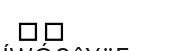
٤٨